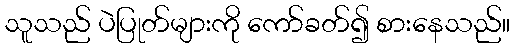
သူသည် ပဲပြုတ်များကို ကော်ခတ်၍ စားနေသည်။